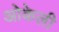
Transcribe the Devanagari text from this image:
ओकेली